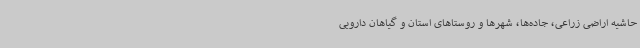
حاشیه اراضی زراعی، جاده‌ها، شهرها و روستاهای استان و گیاهان دارویی